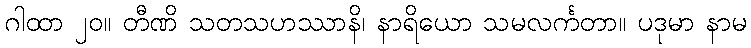
ဂါထာ ၂၀။ တီဏိ သတသဟဿာနိ၊ နာရိယော သမလင်္ကတာ။ ပဒုမာ နာမ